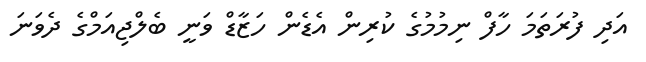
އަދި ފުރަތަމަ ހާފް ނިމުމުގެ ކުރިން އެޑެން ހަޒާޑް ވަނީ ބެލްޖިއަމްގެ ދެވަނަ